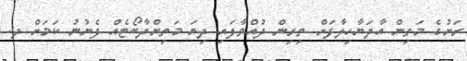
ރަށުގެ މަތިން އާދަޔާހިލާފަށް ތިރިން ދުއްވާފައި ދިޔަ މަތިންދާބޯޓެއް ފެނުނު ކަމަށް ދ.